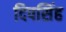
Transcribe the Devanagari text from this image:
दिपसिंह